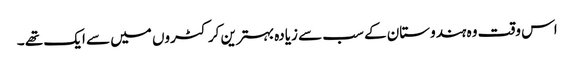
اس وقت وہ ہندوستان کے سب سے زیادہ بہترین کرکٹروں میں سے ایک تھے ۔